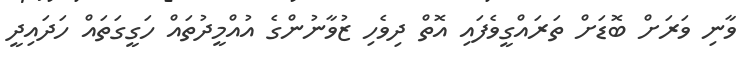
ވާނި ވަރަށް ބޮޑަށް ތަރައްގީވެފައި އޮތް ދިވެހި ޒުވާނުންގެ އުއްމީދުތައް ހަގީގަތައް ހަދައިދީ